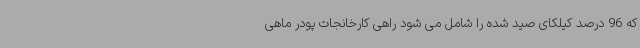
که 96 درصد کیلکای صید شده را شامل می شود راهی کارخانجات پودر ماهی